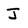
Character: J